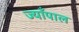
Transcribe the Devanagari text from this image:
ज्याँपाल